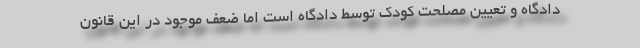
دادگاه و تعیین مصلحت کودک توسط دادگاه است اما ضعف‌ موجود در این قانون